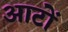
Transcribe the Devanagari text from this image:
आटों